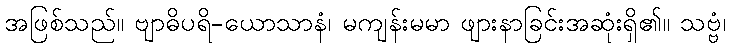
အဖြစ်သည်။ ဗျာဓိပရိ-ယောသာနံ၊ မကျန်းမမာ ဖျားနာခြင်းအဆုံးရှိ၏။ သဗ္ဗံ၊